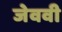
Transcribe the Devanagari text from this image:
जेववी